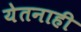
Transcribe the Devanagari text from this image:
येतनाही